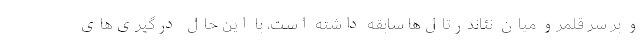
و بر سر قلمرو میان نئاندرتال‌ها سابقه داشته است، با این حال درگیری‌های